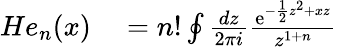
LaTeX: \begin{array}{rl}{He_{n}(x)}&{{}=n!\oint\frac{dz}{2\pi i}\frac{\mathrm{e}^{-\frac{1}{2}z^{2}+xz}}{z^{1+n}}}\end{array}